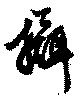
摂